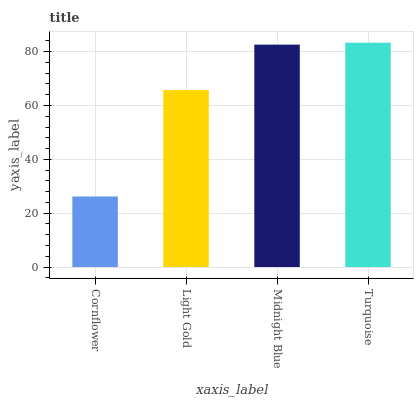
| xaxis_label | bars |
 | --- | --- |
 | Cornflower | 26.2 |
 | Light Gold | 65.7 |
 | Midnight Blue | 82.6 |
 | Turquoise | 83.3 |